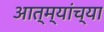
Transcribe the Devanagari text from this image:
आत्म्यांच्या